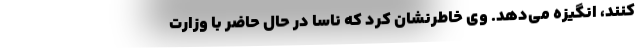
کنند، انگیزه می‌دهد. وی خاطرنشان کرد که ناسا در حال حاضر با وزارت